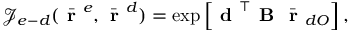
\mathcal { J } _ { e - d } ( \bar { \textbf { r } } ^ { e } , \bar { \textbf { r } } ^ { d } ) = \exp \left[ \textbf { d } ^ { \top } \textbf { B } \bar { \textbf { r } } _ { d O } \right] ,